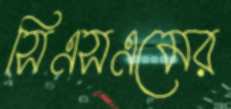
সিএসএমের